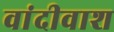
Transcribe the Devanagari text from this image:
वांदीवाश